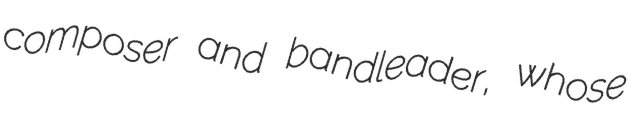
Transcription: composer and bandleader, whose